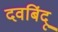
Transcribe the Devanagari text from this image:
दवबिंदू